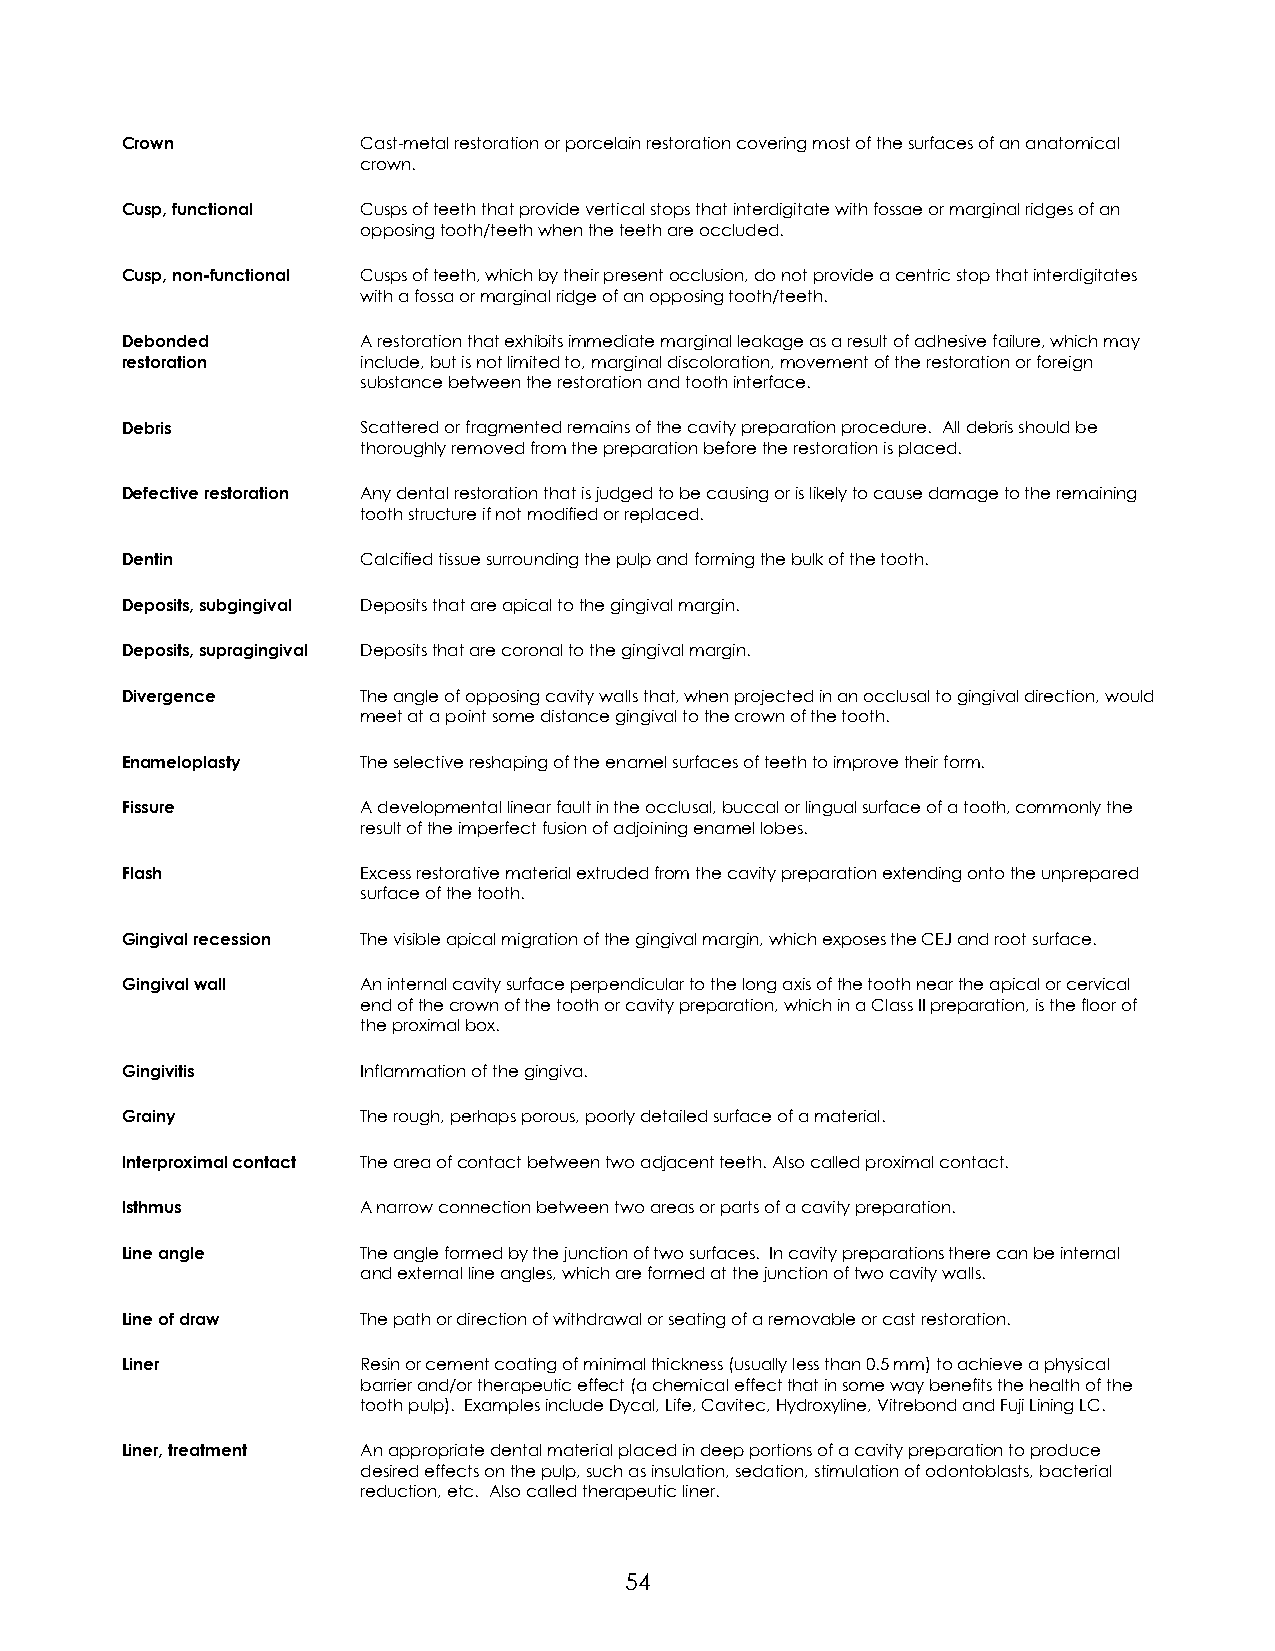
Crown           Cast-metal restoration or porcelain restoration covering most of the surfaces of an anatomical
 crown.
 Cusp, functional Cusps of teeth that provide vertical stops that interdigitate with fossae or marginal ridges of an
 opposing tooth/teeth when the teeth are occluded.
 Cusp, non-functional Cusps of teeth, which by their present occlusion, do not provide a centric stop that interdigitates
 with a fossa or marginal ridge of an opposing tooth/teeth.
 Debonded        A restoration that exhibits immediate marginal leakage as a result of adhesive failure, which may
 restoration     include, but is not limited to, marginal discoloration, movement of the restoration or foreign
 substance between the restoration and tooth interface.
 Debris          Scattered or fragmented remains of the cavity preparation procedure. All debris should be
 thoroughly removed from the preparation before the restoration is placed.
 Defective restoration Any dental restoration that is judged to be causing or is likely to cause damage to the remaining
 tooth structure if not modified or replaced.
 Dentin          Calcified tissue surrounding the pulp and forming the bulk of the tooth.
 Deposits, subgingival Deposits that are apical to the gingival margin.
 Deposits, supragingival Deposits that are coronal to the gingival margin.
 Divergence      The angle of opposing cavity walls that, when projected in an occlusal to gingival direction, would
 meet at a point some distance gingival to the crown of the tooth.
 Enameloplasty   The selective reshaping of the enamel surfaces of teeth to improve their form.
 Fissure         A developmental linear fault in the occlusal, buccal or lingual surface of a tooth, commonly the
 result of the imperfect fusion of adjoining enamel lobes.
 Flash           Excess restorative material extruded from the cavity preparation extending onto the unprepared
 surface of the tooth.
 Gingival recession The visible apical migration of the gingival margin, which exposes the CEJ and root surface.
 Gingival wall   An internal cavity surface perpendicular to the long axis of the tooth near the apical or cervical
 end of the crown of the tooth or cavity preparation, which in a Class II preparation, is the floor of
 the proximal box.
 Gingivitis      Inflammation of the gingiva.
 Grainy          The rough, perhaps porous, poorly detailed surface of a material.
 Interproximal contact The area of contact between two adjacent teeth. Also called proximal contact.
 Isthmus         A narrow connection between two areas or parts of a cavity preparation.
 Line angle      The angle formed by the junction of two surfaces. In cavity preparations there can be internal
 and external line angles, which are formed at the junction of two cavity walls.
 Line of draw    The path or direction of withdrawal or seating of a removable or cast restoration.
 Liner           Resin or cement coating of minimal thickness (usually less than 0.5 mm) to achieve a physical
 barrier and/or therapeutic effect (a chemical effect that in some way benefits the health of the
 tooth pulp). Examples include Dycal, Life, Cavitec, Hydroxyline, Vitrebond and Fuji Lining LC.
 Liner, treatment An appropriate dental material placed in deep portions of a cavity preparation to produce
 desired effects on the pulp, such as insulation, sedation, stimulation of odontoblasts, bacterial
 reduction, etc. Also called therapeutic liner.
 54